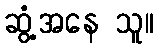
ဆွံ့အနေ သူ။